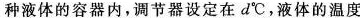
种液体的容器内，调节器设定在d℃，液体的温度